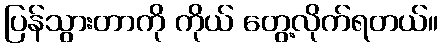
ပြန်သွားတာကို ကိုယ် တွေ့လိုက်ရတယ်။